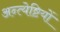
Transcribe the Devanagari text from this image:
अन्त्येष्टियों